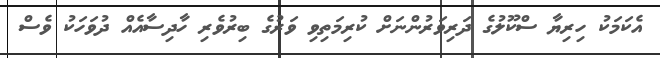
އެކަމަކު ހިރިޔާ ސްކޫލުގެ ދަރިވަރުންނަށް ކުރިމަތިވި ވަރުގެ ބިރުވެރި ހާދިސާއެއް ދުވަހަކު ވެސް